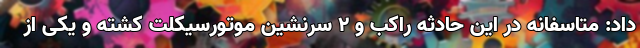
داد: متاسفانه در این حادثه راکب و ۲ سرنشین موتورسیکلت کشته و یکی از